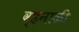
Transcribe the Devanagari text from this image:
व्हनाळी